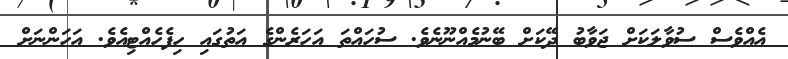
އެއްވެސް ސުވާލަކަށް ޖަވާބު ދޭކަށް ބޭނުމެއްނޫނެވެ. ސުހައްތަ އަހަރެންގެ އަތުގައި ހިފެހެއްޓިއެވެ. އަހަންނަށް